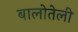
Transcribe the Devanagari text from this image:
बालोतेली